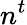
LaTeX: n^{t}